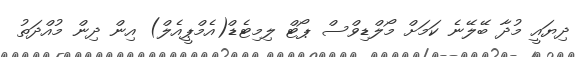
ދިޔައީ މުދާ ބޭލޭނެ ކަމަށް މޯލްޑިވްސް ޕޯޓް ލިމިޓެޑް(އެމްޕީއެލް) އިން ދިން މުއްދަތު